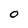
Character: O